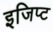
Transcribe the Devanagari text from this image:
इजिप्‍ट